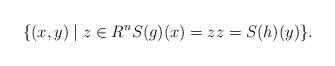
LaTeX: \begin{align*} \{(x,y)\mid z\in R^n S(g)(x)=zz=S(h)(y)\}.\end{align*}